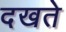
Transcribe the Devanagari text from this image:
दखते